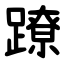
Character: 蹽